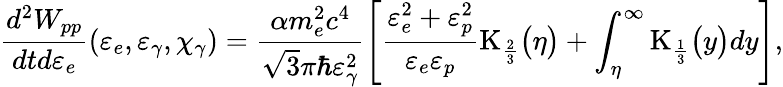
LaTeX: \frac{d^{2}W_{pp}}{dtd\varepsilon_{e}}(\varepsilon_{e},\varepsilon_{\gamma},\chi_{\gamma})=\frac{\alpha m_{e}^{2}c^{4}}{\sqrt{3}\pi\hbar\varepsilon_{\gamma}^{2}}\Biggl[\frac{\varepsilon_{e}^{2}+\varepsilon_{p}^{2}}{\varepsilon_{e}\varepsilon_{p}}\mathrm{K}_{\frac{2}{3}}\bigl(\eta\bigr)+\int_{\eta}^{\infty}\mathrm{K}_{\frac{1}{3}}\bigl(y\bigr)dy\Biggr],